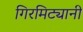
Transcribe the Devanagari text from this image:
गिरमिट्यानी